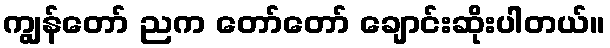
ကျွန်တော် ညက တော်တော် ချောင်းဆိုးပါတယ်။